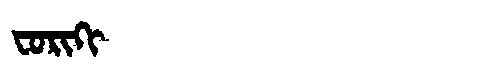
Manchu: ᠸᠣᡵᡳᡴᡳ
Romanization: FORIKI